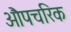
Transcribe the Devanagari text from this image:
औपचरिक